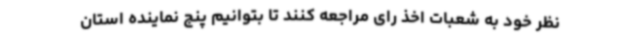
نظر خود به شعبات اخذ رای مراجعه کنند تا بتوانیم پنج نماینده استان